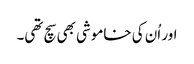
اور اُن کی خاموشی بھی سچ تھی۔